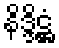
နိဒ္ဒိဋ္ဌံ